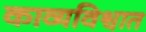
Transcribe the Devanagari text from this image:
काव्यविश्वात